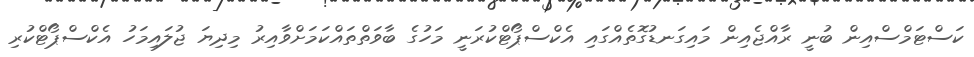
ކަސްޓަމްސްއިން ބުނީ ރާއްޖެއިން މައިގަނޑުގޮތެއްގައި އެކްސްޕޯޓްކުރަނީ މަހުގެ ބާވަތްތައްކަމަށްވާއިރު މިދިޔަ ޖުލައިމަހު އެކްސްޕޯޓްކުރި